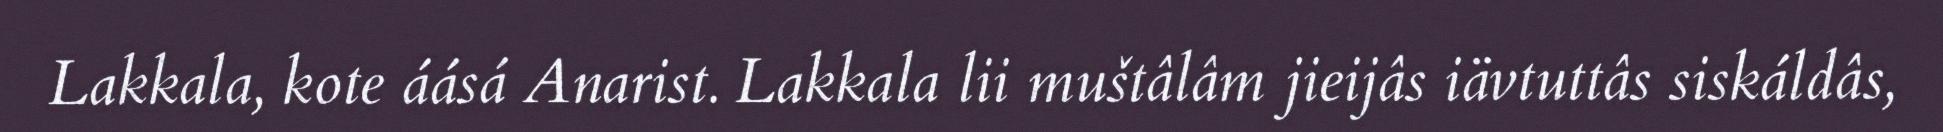
Lakkala, kote áásá Anarist. Lakkala lii muštâlâm jieijâs iävtuttâs siskáldâs,